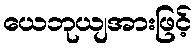
ယေဘုယျအားဖြင့်